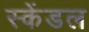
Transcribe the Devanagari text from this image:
स्केंडल